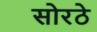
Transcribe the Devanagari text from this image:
सोरठे